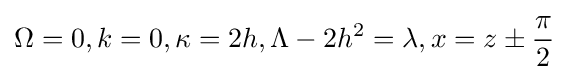
\Omega =0,k=0,\kappa =2h,\Lambda -2h^{2}=\lambda ,x=z\pm {\frac {\pi }{2}}